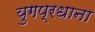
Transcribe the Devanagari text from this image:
युगप्रधाना